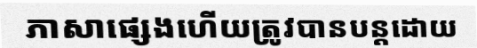
ភាសាផ្សេងហើយត្រូវបានបន្តដោយ